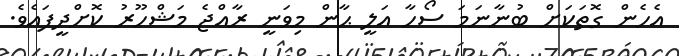
އެހެން ގޮތަކަށް ބުނާނަމަ ސޯހާ އަލީ ޙާން މިވަނީ ރާއްޖެ މަޝްހޫރު ކޮށްދީފައެވެ.